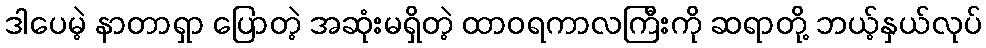
ဒါပေမဲ့ နာတာရှာ ပြောတဲ့ အဆုံးမရှိတဲ့ ထာဝရကာလကြီးကို ဆရာတို့ ဘယ့်နှယ်လုပ်